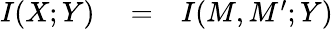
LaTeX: \begin{array}{rlr}{I(X;Y)}&{{}=}&{I(M,M^{\prime};Y)}\end{array}